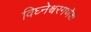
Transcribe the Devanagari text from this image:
विघ्नेश्वरगणेश